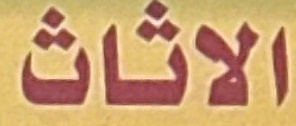
الاثاث